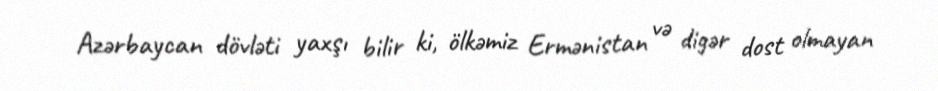
Azərbaycan dövləti yaxşı bilir ki, ölkəmiz Ermənistan və digər dost olmayan